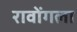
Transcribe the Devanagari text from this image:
रावोंगला